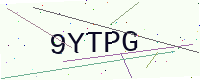
Text: 9YTPG